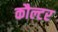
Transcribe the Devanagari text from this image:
कौल्टर